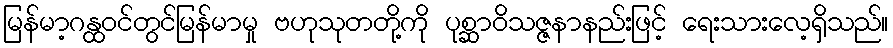
မြန်မာ့ဂန္ထဝင်တွင်မြန်မာမှု ဗဟုသုတတို့ကို ပုစ္ဆာဝိသဇ္ဇနာနည်းဖြင့် ရေးသားလေ့ရှိသည်။